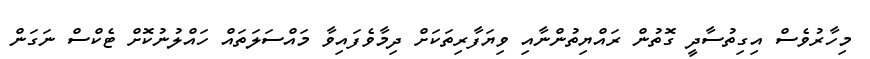
މިހާރުވެސް އިގިތުސާދީ ގޮތުން ރައްޔިތުންނާއި ވިޔަފާރިތަކަށް ދިމާވެފައިވާ މައްސަލަތައް ހައްލުނުކޮށް ޓެކްސް ނަގަން